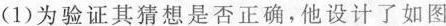
(1)为验证其猜想是否正确，他设计了如图